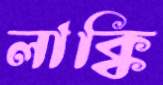
লাক্কি